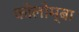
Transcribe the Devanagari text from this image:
कोलोम्बा